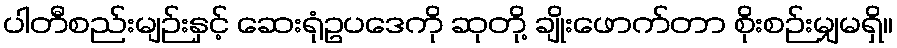
ပါတီစည်းမျဉ်းနှင့် ဆေးရုံဥပဒေကို ဆုတို့ ချိုးဖောက်တာ စိုးစဉ်းမျှမရှိ။